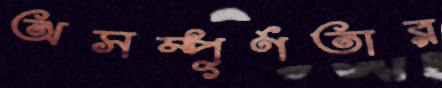
অসম্পূর্ণতার